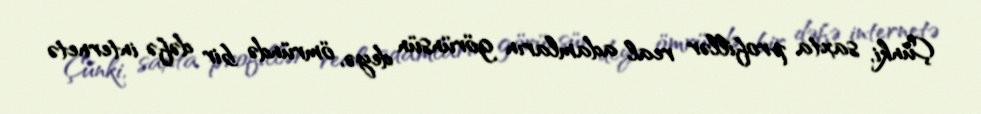
Çünki, saxta profillər real adamların görünsün deyə, ömründə bir dəfə internetə